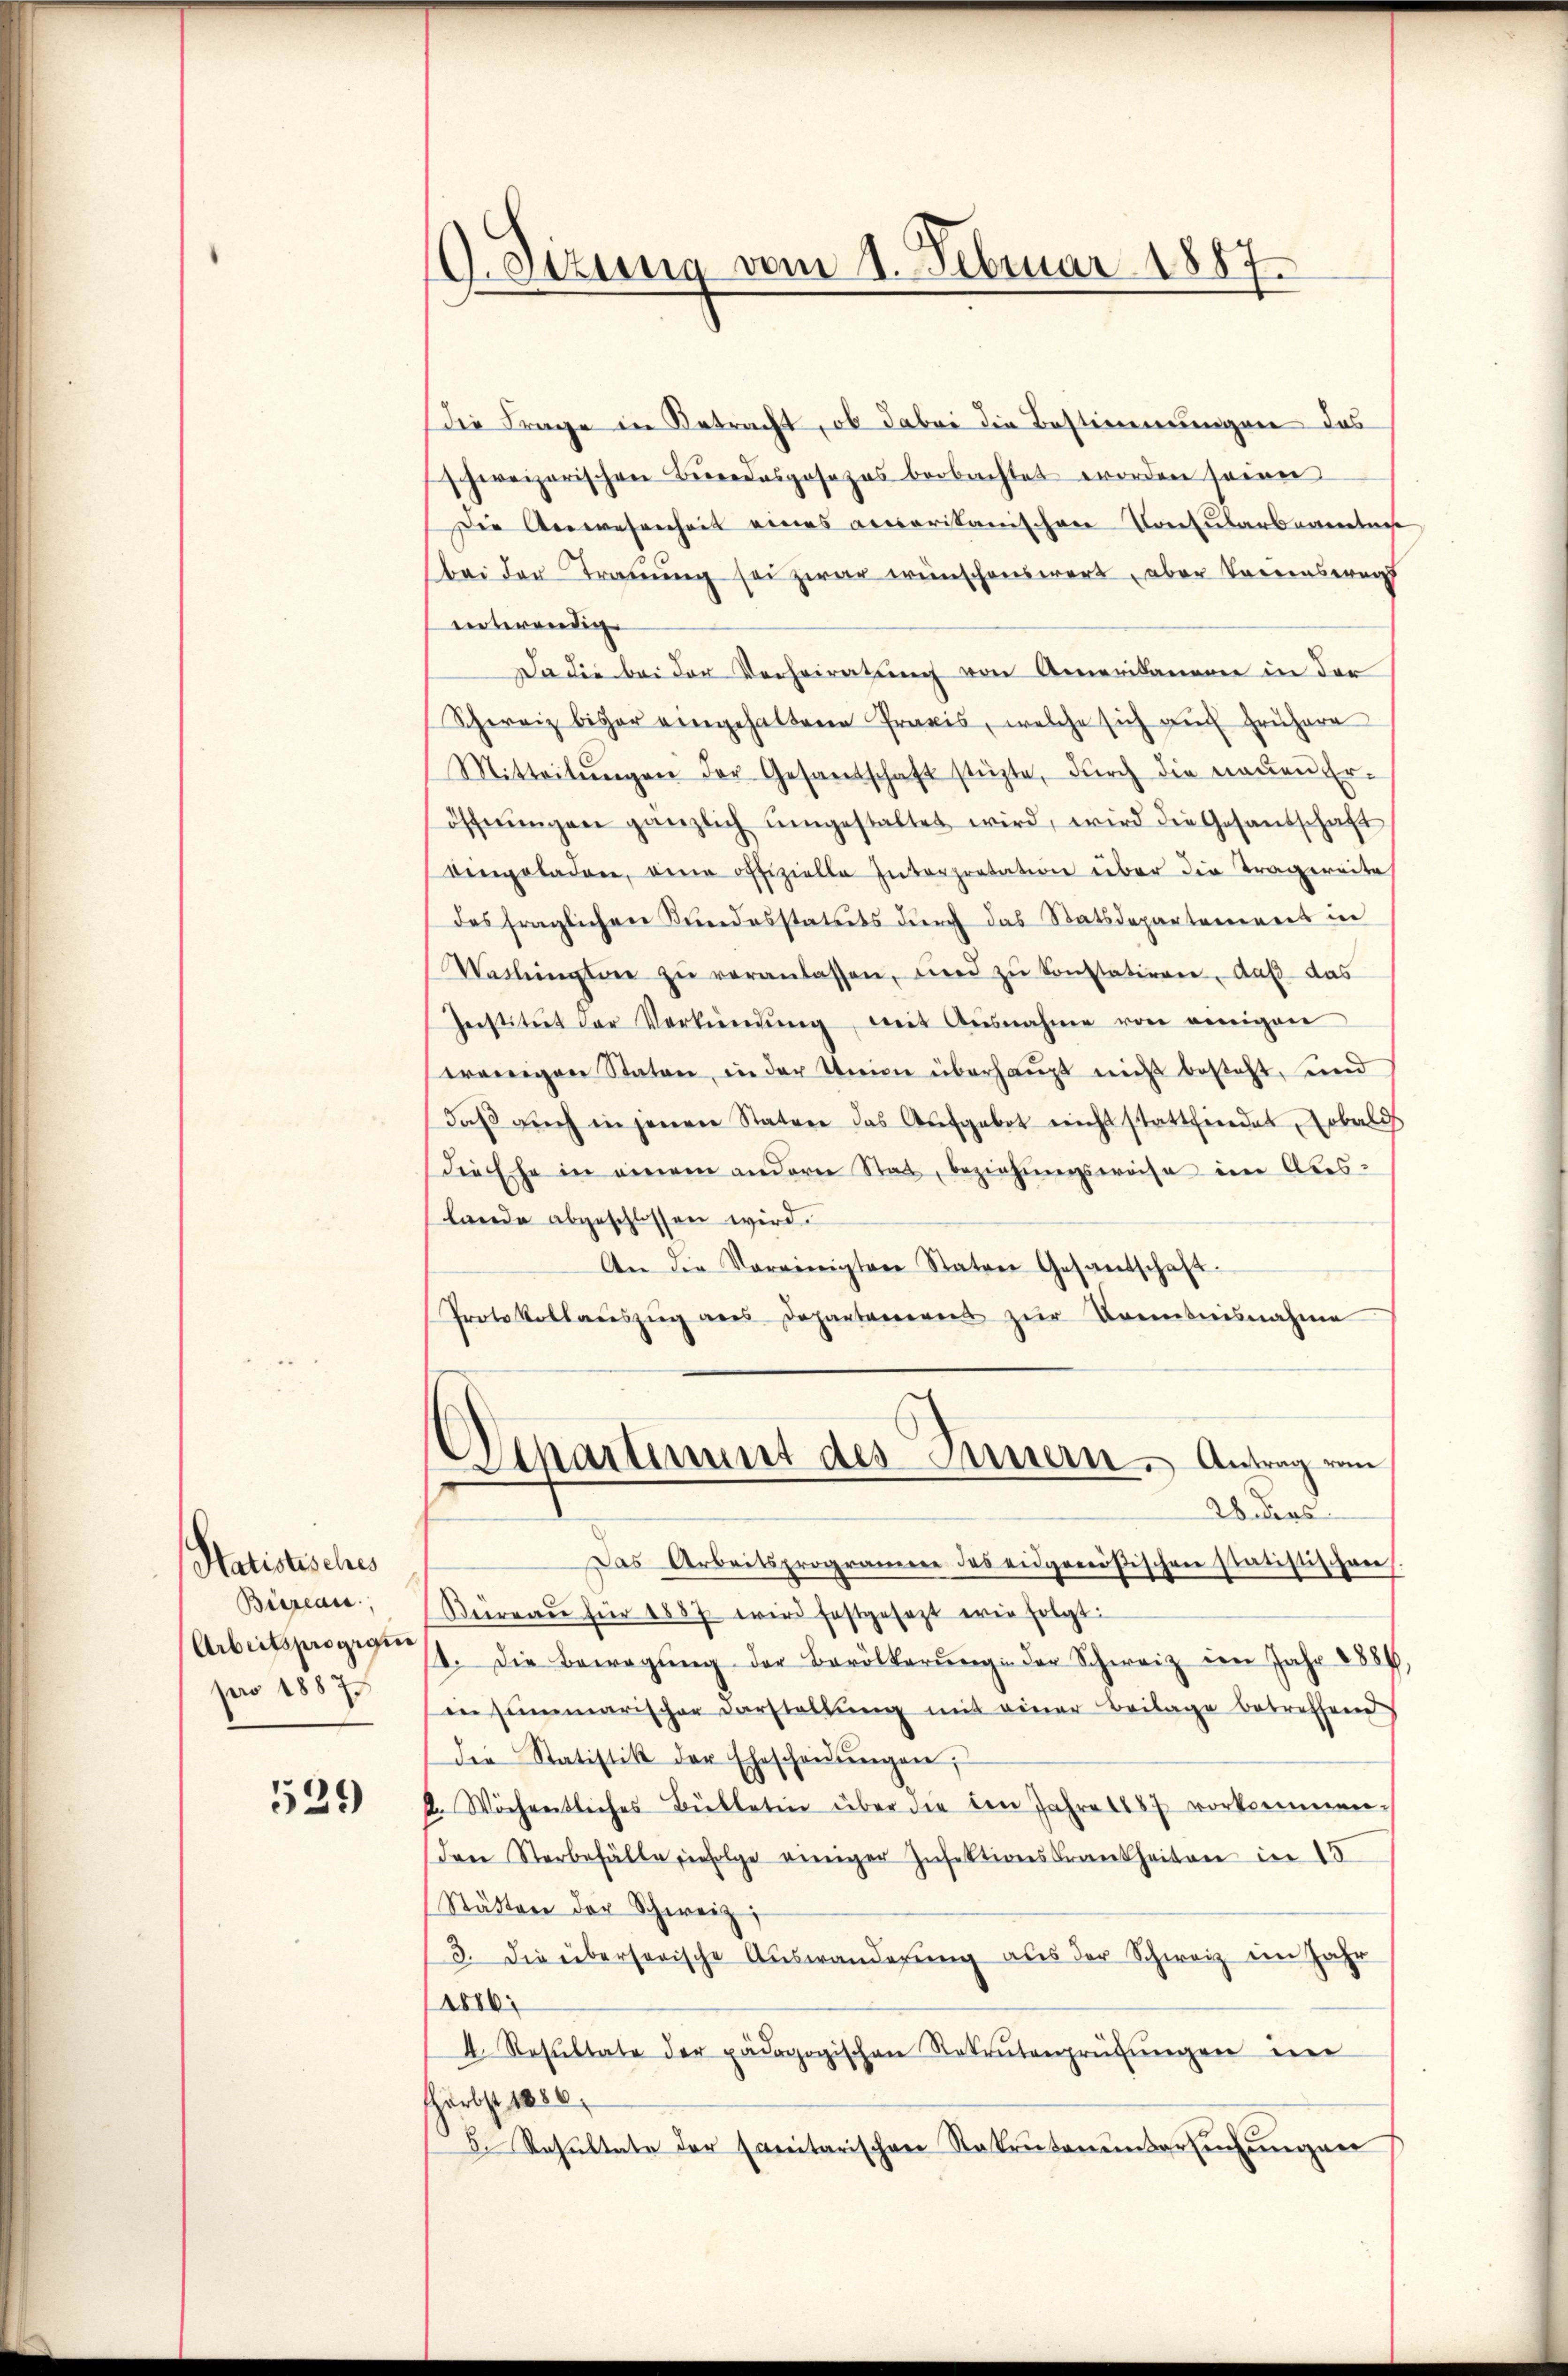
Satistisches
Büreau,
Arbeitsprogigin
pro 1887

529

O.Sizung vom 1. Februar 1887.

Die Frage in Betracht, ob dabei die Bestimmungen das
schweizerischen Bundesgesezes beobachtet worden seien
Die Anwesenheit eines accarikanischen Consularbeamtun
bei der Trauung sei zwar wünschenswert, aber Vereinsereit
interendig
Da die bei der Verheiratung von Amerikaneren in der
Schweiz bisher eingehaltene Praxis, welche sich auch frühere
Mitteilŭngen der Gesandschaft stüzte, dŭrch die neŭen Er-
öffnŭngen gänzlich ŭmgestaltet wird, wird die Gesandschaft
eingeladen, den offizielle Interpretation über die Tragereite
des fraglichen Kundesstatuts durch das Statsdepartement in
Waslington zŭ veranlassen, und zŭ konstatiren, daß das
Institut der Verkündŭng mit Ausnahme von einigen
wenigen Staten, in der Union überhaupt nicht besteht, und
daβ sich in jenen Statuer das Aufgebot nicht stattfindet, sobald
die Ehe in einem andern Stat, beziehŭngsweise im Abes-
lande abgeschlossen wird.
An die Vereinigten Staten Gesandschaft.
Protokollaŭszŭg ans Departement zŭr Brenntnisnahme
Separtement des Innern. Antrag von
28 ers
Das Arbeitsprogramere des eidgenößischen statistischen
Büreaŭ für 1887 wird festgesezt wie folgt:
4. Die Bewegung der Bevölkerŭng der Schweiz den Jahr 1884,
in summarischer Darstellŭng mit einer Beilage betreffend
die Statistik der Ehescheidŭngen;
2. Wöchentliches Bŭbletin über die im Jahre 1887 vorkommen.
den Sterbefälle erfolge einiger Insektionskrankheiten in 15
Stätten der Schweiz,
3. die übersorische Auswanderŭng aus der Schweiz im Jahr
1886:
4. Resŭltate der pädagogischen Rekrutenprüfŭngen ein
Härbst 1886.
5. Resultate der sanitarischen Rekrutenender Einsunger